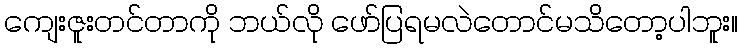
ကျေးဇူးတင်တာကို ဘယ်လို ဖော်ပြရမလဲတောင်မသိတော့ပါဘူး။